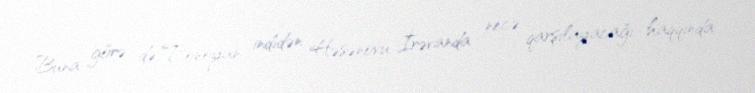
Buna görə də Tonoyan indidən Həsənovu İrəvanda necə qarşılayacağı haqqında